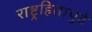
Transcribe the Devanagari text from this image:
राष्ट्रहितापुढे